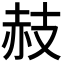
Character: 𧹛